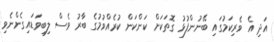
އަދި އެ ވެރިކަމުގައި ބޭނުންފުޅު ގޮތަކަށް ކަންކަން ކުރެއްވުމުގެ ބާރު ވެސް ލިބިވަޑައިގެންނެވި